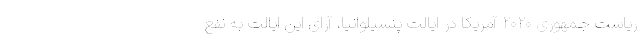
ریاست جمهوری ۲۰۲۰ آمریکا در ایالت پنسیلوانیا، آرای این ایالت به نفع